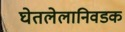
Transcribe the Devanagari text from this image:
घेतलेलानिवडक